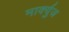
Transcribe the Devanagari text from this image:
मार्क्युज